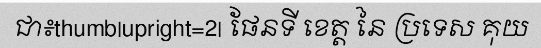
ជា៖thumb|upright=2| ផែនទី ខេត្ត នៃ ប្រទេស គុយ